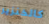
كالخنزير